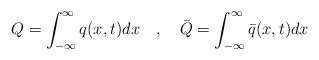
\begin{align*}Q=\int ^{\infty }_{-\infty }q(x,t)dx\quad ,\quad \bar{Q}=\int ^{\infty }_{-\infty }\bar{q}(x,t)dx\end{align*}